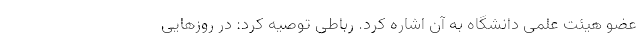
عضو هیئت علمی دانشگاه به آن اشاره کرد. رباطی توصیه کرد: در روزهایی